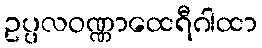
ဥပ္ပလဝဏ္ဏာထေရီဂါထာ